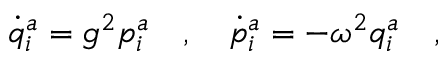
\dot { q } _ { i } ^ { a } = g ^ { 2 } p _ { i } ^ { a } \ \ \ , \ \ \ \dot { p } _ { i } ^ { a } = - \omega ^ { 2 } q _ { i } ^ { a } \ \ \ ,